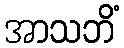
အာသဘိံ